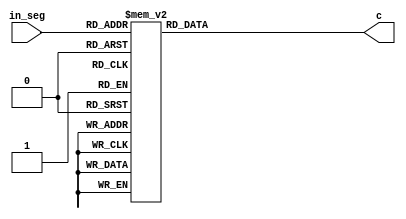
`timescale 1ns/1ps

module seven_segments(
	input [3:0] in_seg,
	output reg [6:0] c // {ca, cb, cc, cd, ce, cf, cg}
);

	always @(in_seg) begin
		case (in_seg)
			4'h0: c = 7'b0000001;
			4'h1: c = 7'b1001111;
			4'h2: c = 7'b0010010;
			4'h3: c = 7'b0000110;
			4'h4: c = 7'b1001100;
			4'h5: c = 7'b0100100;
			4'h6: c = 7'b0100000;
			4'h7: c = 7'b0001111;
			4'h8: c = 7'b0000000;
			4'h9: c = 7'b0000100;
			4'hA: c = 7'b0001000;
			4'hB: c = 7'b1100000;
			4'hC: c = 7'b0110001;
			4'hD: c = 7'b1000010;
			4'hE: c = 7'b0110000;
			4'hF: c = 7'b0111000;
			default: c = 7'b1111111;
		endcase
	end

endmodule